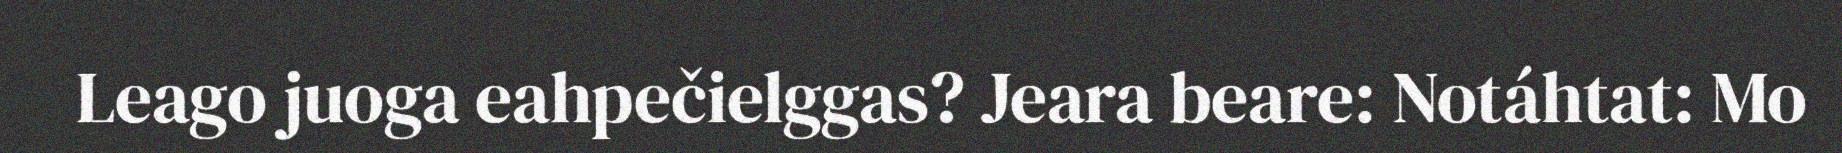
Leago juoga eahpečielggas? Jeara beare: Notáhtat: Mo